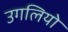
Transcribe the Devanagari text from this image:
उगलियो